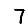
Digit: 7